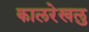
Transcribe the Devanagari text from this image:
कालरेखलु